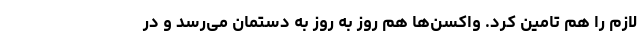
لازم را هم تامین کرد. واکسن‌ها هم روز به روز به دستمان می‌رسد و در